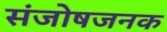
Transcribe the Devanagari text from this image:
संजोषजनक